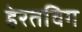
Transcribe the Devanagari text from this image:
हेरतविग